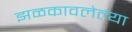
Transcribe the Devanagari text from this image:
झळकावलेल्या